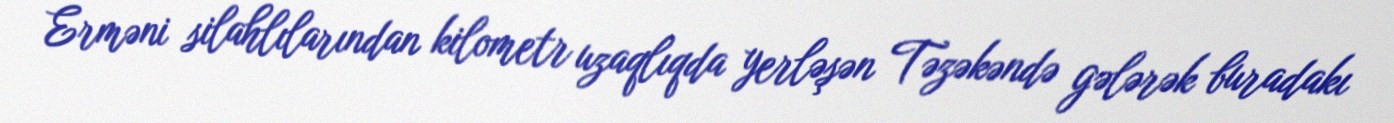
Erməni silahlılarından kilometr uzaqlıqda yerləşən Təzəkəndə gələrək buradakı